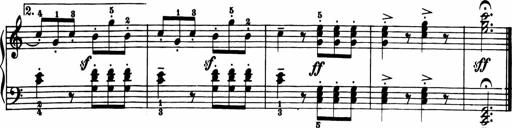
Title: 11 Sonatinas for Piano Solo
Composer: Anton Diabelli